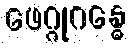
ဖေဂ္ဂုဂန္ဓေ